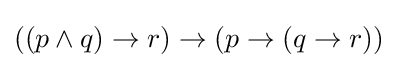
((p\wedge q)\rightarrow r)\rightarrow (p\rightarrow (q\rightarrow r))